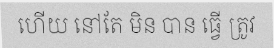
ហើយ នៅតែ មិន បាន ធ្វើ ត្រូវ